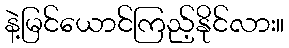
နဲ့မြင်ယောင်ကြည့်နိုင်လား။